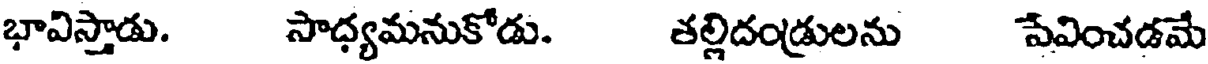
భావిస్తాడు. సాధ్యమనుకోడు. తల్లిదండ్రులను పేవించడమే